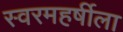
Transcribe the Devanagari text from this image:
स्वरमहर्षीला